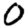
Digit: 0